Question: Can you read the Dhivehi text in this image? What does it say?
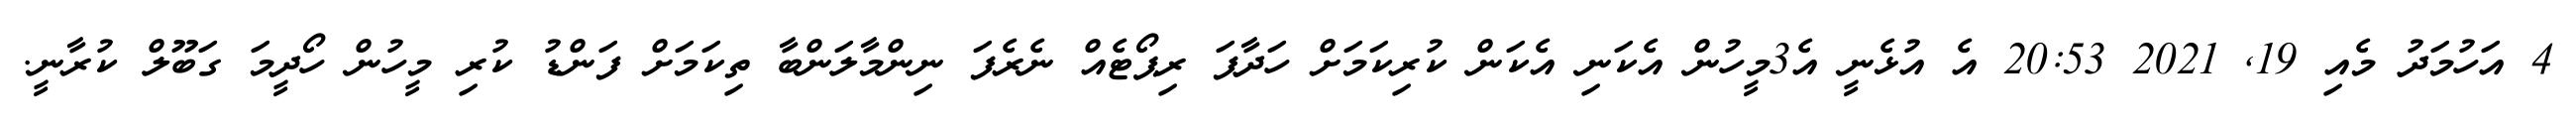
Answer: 4 އަހުމަދު މެއި 19, 2021 20:53 އެ އުޅެނީ އެ3މީހުން އެކަނި އެކަން ކުރިކަމަށް ހަދާފަ ރިޕޯޓެއް ނެރެފަ ނިންމާލަންބާ ތިކަމަށް ފަންޑު ކުރި މީހުން ހޯދީމަ ގަބޫލް ކުރާނީ.